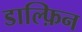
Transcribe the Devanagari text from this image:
डाल्फ़िन